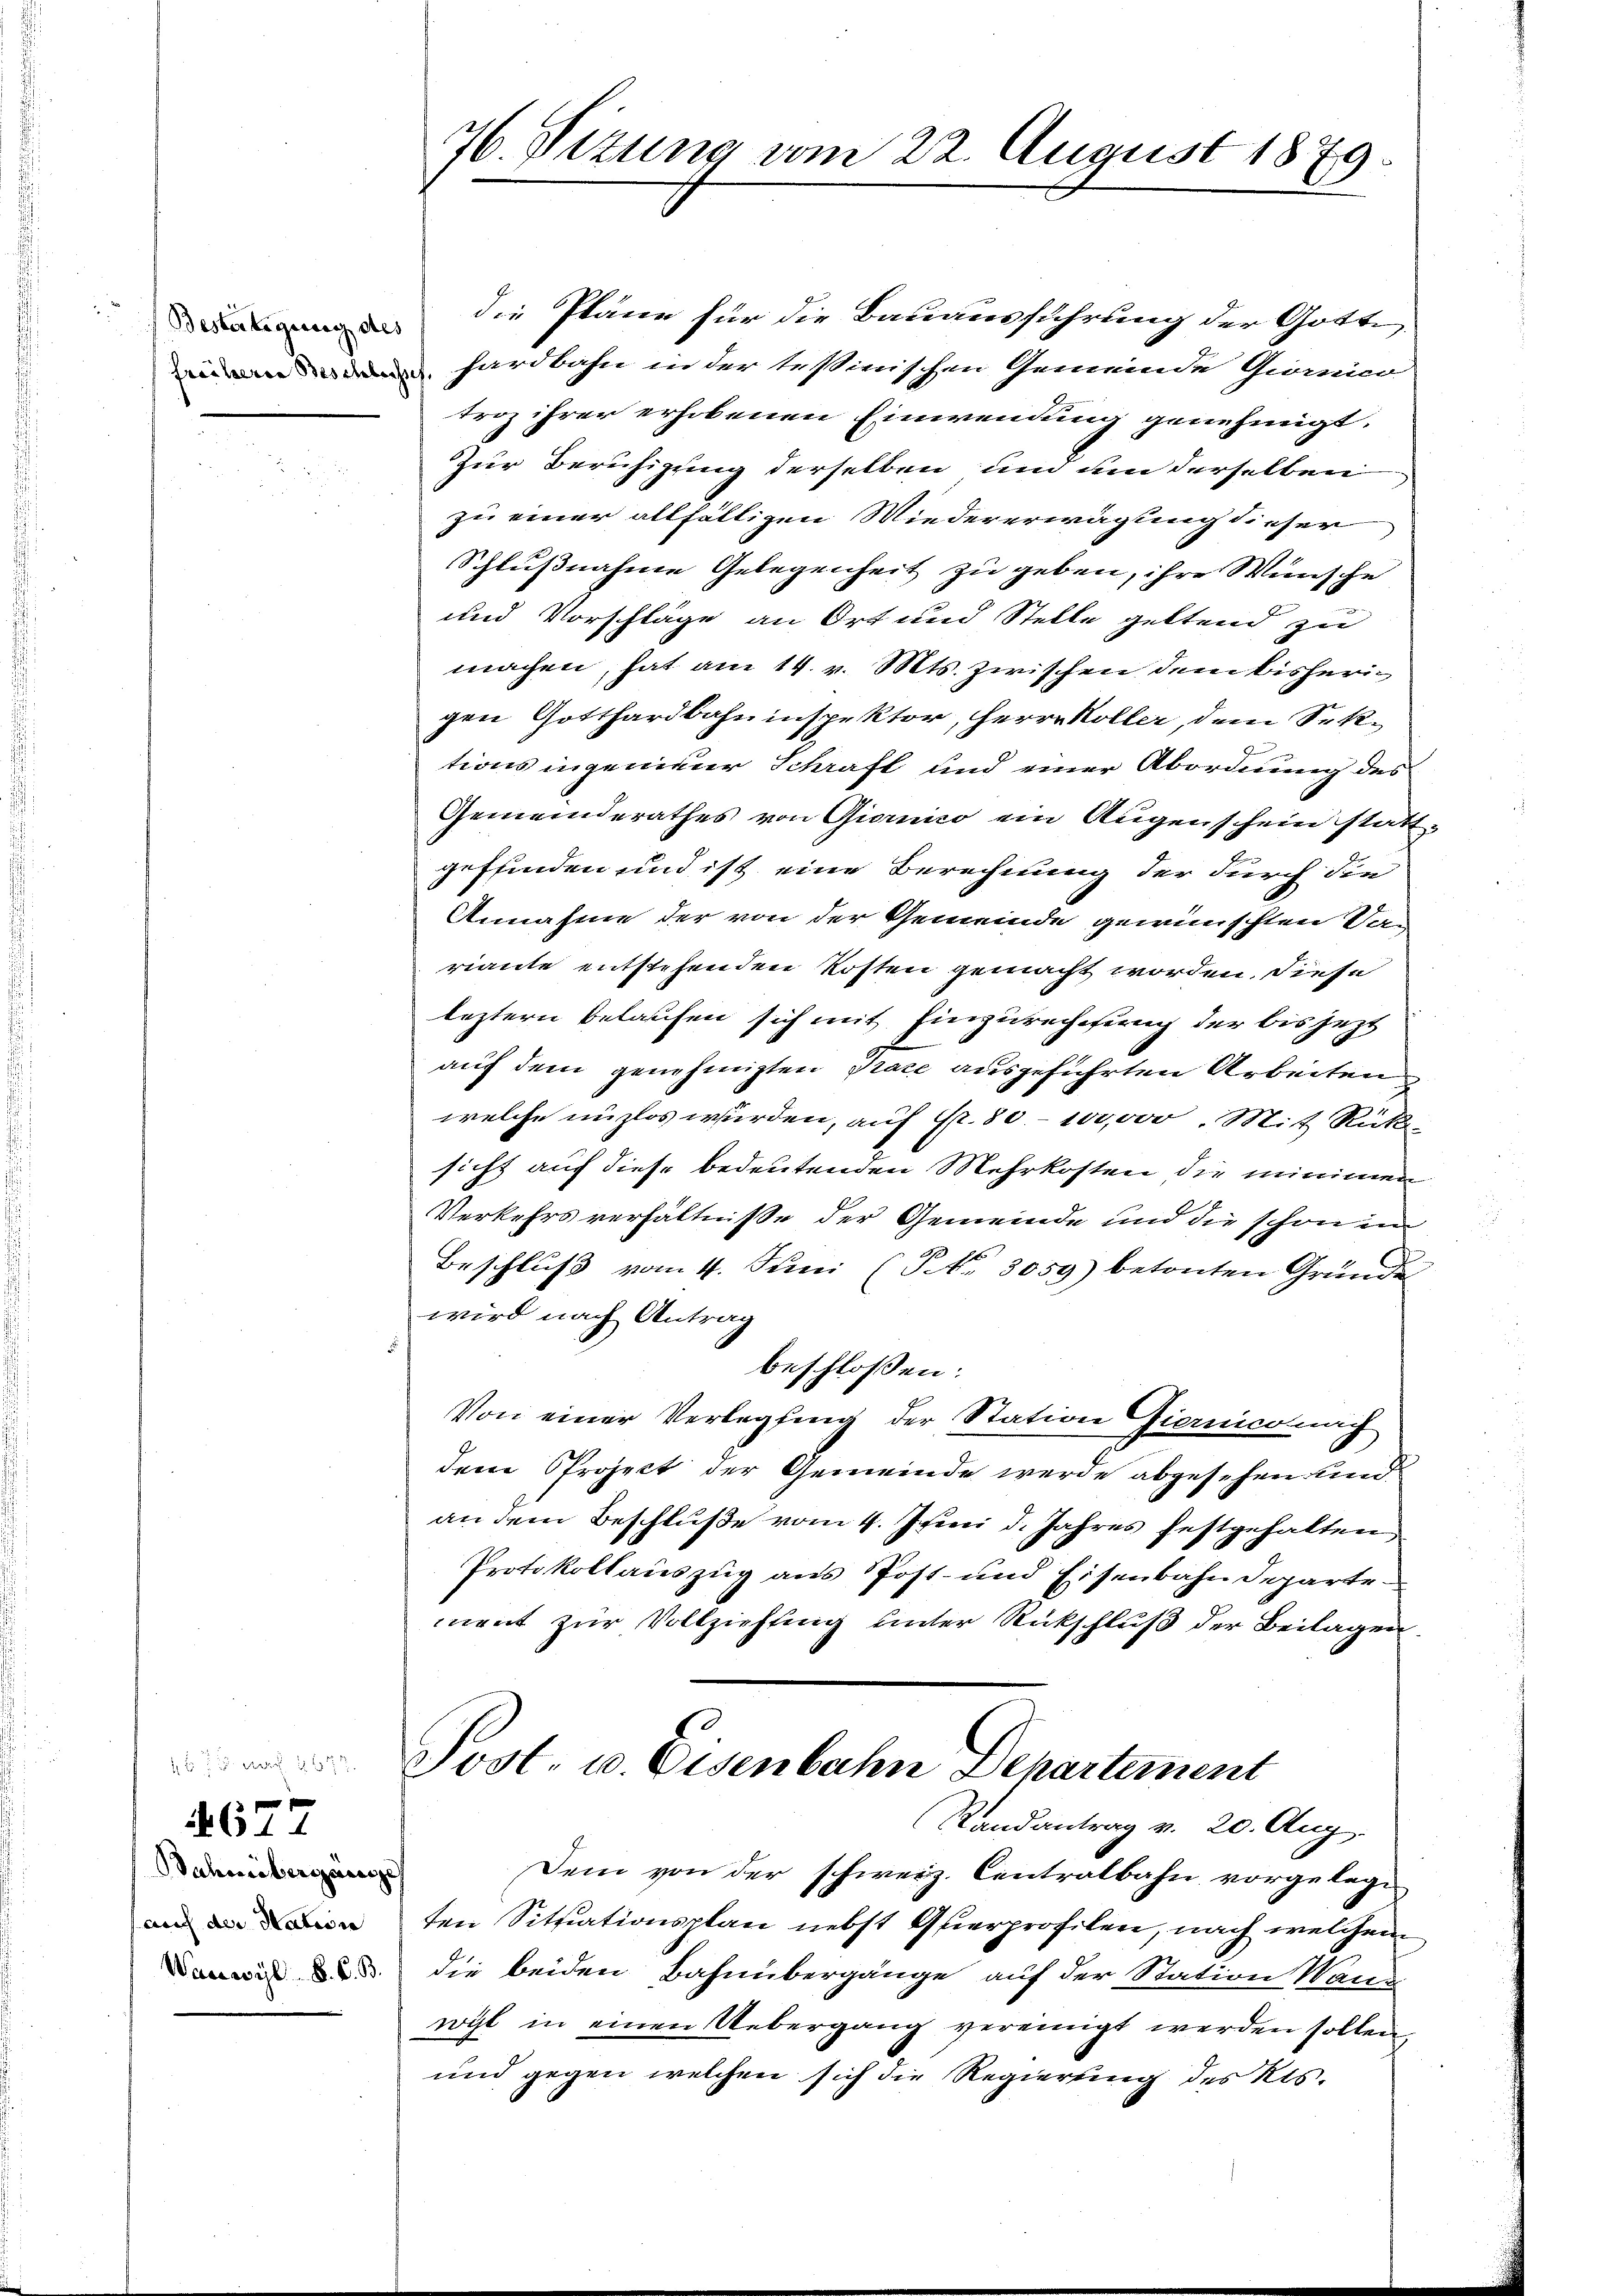
Bestertigung des

ahmibergänge
auch der Nation
Waswyl K. K. B.

677

76. Sizung vom 22. August 1879.

die Pläne für die Bauausführung der Gotte
hardbahn in der tessinischen Gemeinde Giorico
troz ihrer erhobenen Einwendung genehmigt.
Zur Beruhigung derselben und um derselben
zu einer allfälligen Wiedererwägung dieser
Schlussnahme Gelegenheit zu geben, ihre Wünsche
und Vorschläge an Ort und Stelle geltend zu
machen, hat am 14. v. Mts. zwischen dem bisherigen Gotthardbahninspektor, Herrn Köller, dem Sek¬
2
tionsingenieur Schraft und einer Abordnung des
Gemeinderathes von Giornico ein Augenschein stattgeffinden und ist eine Berechnung der durch die
Annahme der von der Gemeinde gewünschten Ver
riante entstehenden Kosten gemacht worden, diese
leztern belaschen sich mit Einzurechnung der bis jezt
auf dem genehmigten Prace ausgeführten Arbeiten
welche unzlos wurden, auf Fr. 80. 100,000. Mit Rück-
sicht auf diese bedeutenden Mehrkosten die minimen
Verkehrsverhältniße der Gemeinde und die schon in
1
Beschluß vom 4. Juni (NNo. 3059) betonten Gründe
wird nach Antrag
beschlossen:
Von einer Verlegfing der Station Gierniconach
dene Project der Gemeinde werde abgesehen und
an dem Beschluße vom 4. Juni d. Jahres festgehalten,
Protokollauszug aus Post- und Eisenbahndeparte
ment zur Vollziehung unter Rückschluß der Beilagen
Sost- u. Eisenbahn Departement
Randantrag v. 20. Aug.
Dem von der schweiz. Centralbahn vorgelege
ten Sitziationsplan nebst Querprofilen, nach welchem
die beiden Bahnübergänge auf der Station Wanwyl in einen Uebergang vereinigt werden sollen,
und gegen welchen sich die Regierung des Kts.